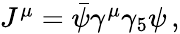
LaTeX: \begin{array}{r}{J^{\mu}=\bar{\psi}\gamma^{\mu}\gamma_{5}\psi\, ,}\end{array}